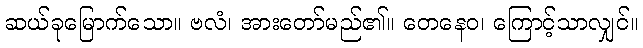
ဆယ်ခုမြောက်သော။ ဗလံ၊ အားတော်မည်၏။ တေနေဝ၊ ကြောင့်သာလျှင်။